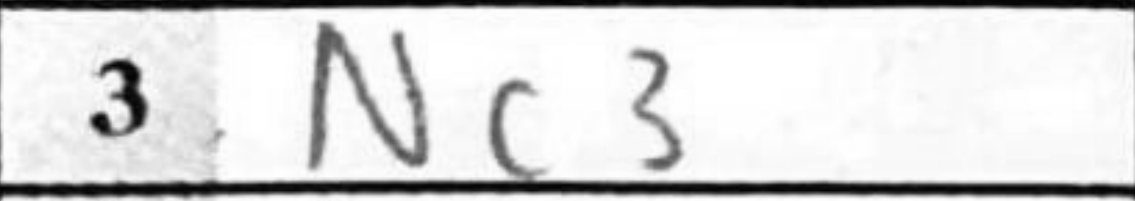
Transcription: Nc3